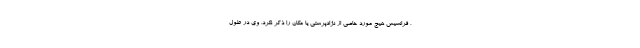
، فرانسیس هیچ مورد خاصی از نژادپرستی یا مکان را ذکر نکرد. وی در طول